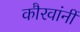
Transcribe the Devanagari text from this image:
कौरवांनीं